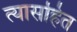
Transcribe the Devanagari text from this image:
त्यासहित